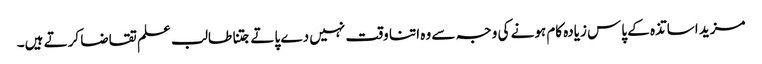
مزید اساتذہ کے پاس زیادہ کام ہونے کی وجہ سے وہ اتنا وقت نہیں دے پاتے جتنا طالب علم تقاضا کرتے ہیں۔